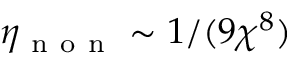
\eta _ { \mathrm { ~ n ~ o ~ n ~ } } \sim 1 / ( 9 \chi ^ { 8 } )